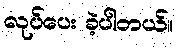
လုပ်ပေး ခဲ့ပါတယ်။